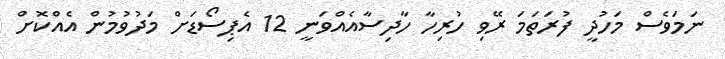
ނަމަވެސް މަހުދީ ފުރަތަމަ ރޭވި ހުރިހާ ހާދިސާއެއްވަނީ 12 އެޕިސޯޑަށް މަދުވުމުން އެއްކޮށް